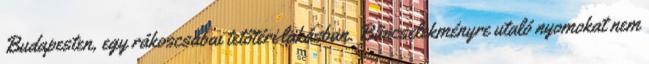
Budapesten, egy rákoscsabai tetőtéri lakásban. Bűncselekményre utaló nyomokat nem